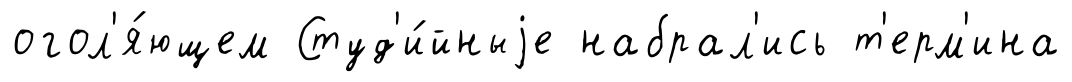
огол'я́ющем Студ'и́йныjе набрал'ись т'ерм'ина